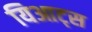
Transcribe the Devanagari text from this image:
यिआट्स